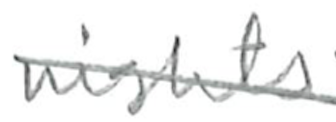
Text: nights
Cross-out: diagonal
Writing tool: pencil